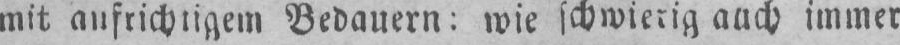
mit aufrichtigem Bedauern: wie schwierig auch immer